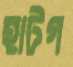
হাটগ